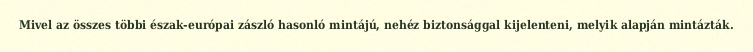
Mivel az összes többi észak-európai zászló hasonló mintájú, nehéz biztonsággal kijelenteni, melyik alapján mintázták.